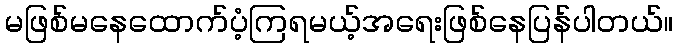
မဖြစ်မနေထောက်ပံ့ကြရမယ့်အရေးဖြစ်နေပြန်ပါတယ်။